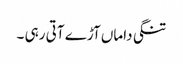
تنگی داماں آڑے آتی رہی ۔